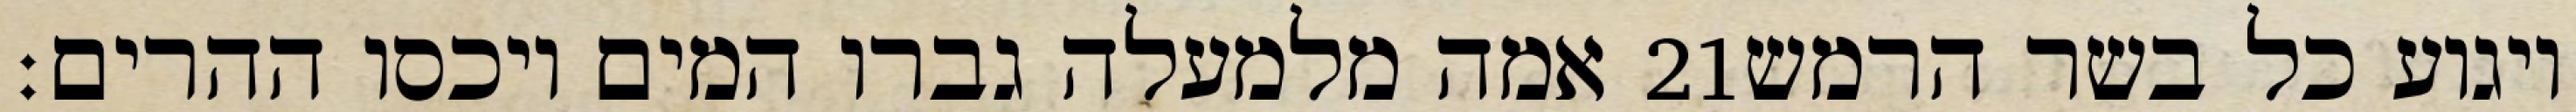
אמה מלמעלה גברו המים ויכסו ההרים׃ ‎21‏ ויגוע כל בשר הרמש